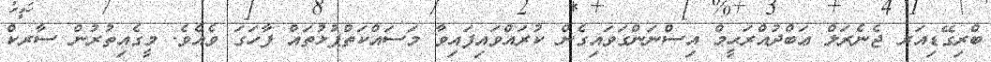
ބްރިގޭޑިއަރ ޖެނެރަލް ޢަބްދުއްރަޙީމް އިސްނަންގަވައިގެން ކުރައްވައިފައިވާ މަސައްކަތްޕުޅުތައް ފާހަގަ ވެއެވެ. މީގެއިތުރުން ސާރކް